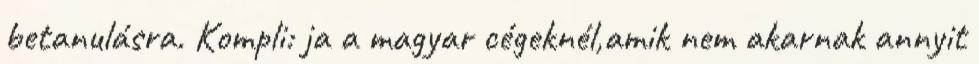
betanulásra. Kompli: ja a magyar cégeknél,amik nem akarnak annyit